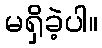
မရှိခဲ့ပါ။